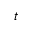
t